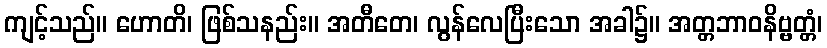
ကျင့်သည်။ ဟောတိ၊ ဖြစ်သနည်း။ အတီတေ၊ လွန်လေပြီးသော အခါ၌။ အတ္တဘာဝနိဗ္ဗတ္တံ၊